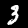
Digit: 3